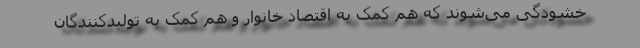
خشودگی می‌شوند که هم کمک به اقتصاد خانوار و هم کمک به تولیدکنندگان